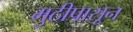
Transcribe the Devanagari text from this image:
मुठीपासून